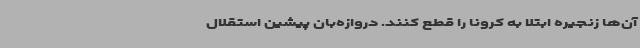
آن‌ها زنجیره ابتلا به کرونا را قطع کنند. دروازه‌بان پیشین استقلال